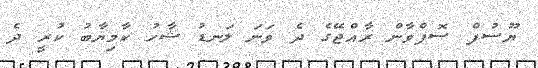
ޔޫސުފް ސޮފްވާން ރާއްޖޭގެ ދެ ވަނަ ލަނޑު ޝާހު ކާމިޔާބު ކުރީ ދެ